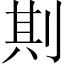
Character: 剘